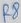
Text: R8